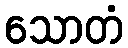
သောတံ